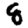
Digit: 8